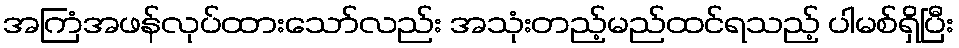
အကြံအဖန်လုပ်ထားသော်လည်း အသုံးတည့်မည်ထင်ရသည့် ပါမစ်ရှိပြီး